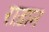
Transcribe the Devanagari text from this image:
राड़ान